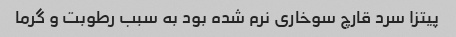
پیتزا سرد قارچ سوخاری نرم شده بود به سبب رطوبت و گرما